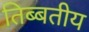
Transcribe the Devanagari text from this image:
तिब्बतीय